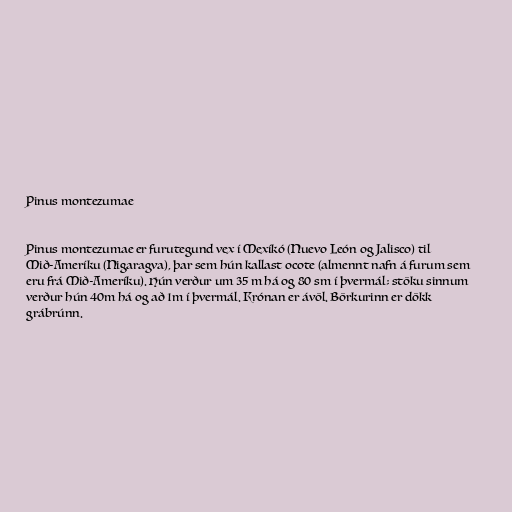
Pinus montezumae

Pinus montezumae er furutegund vex í Mexíkó (Nuevo León og Jalisco) til
Mið-Ameríku (Nigaragva), þar sem hún kallast ocote (almennt nafn á furum sem
eru frá Mið-Ameríku). Hún verður um 35 m há og 80 sm í þvermál; stöku sinnum
verður hún 40m há og að 1m í þvermál. Krónan er ávöl. Börkurinn er dökk
grábrúnn.